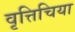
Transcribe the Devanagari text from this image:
वृत्तिचिया